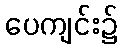
ပေကျင်း၌